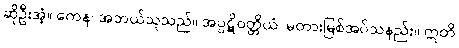
ဆိုဦးအံ့။ ကေန၊ အဘယ်သူသည်။ အပ္ပဋိဝတ္တိယံ၊ မတားမြစ်အပ်သနည်း။ ဣတိ